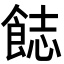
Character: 𩛣